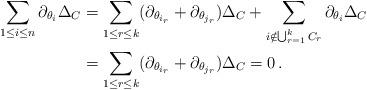
LaTeX: \begin{align*} \sum_{1\le i\le n} \partial_{\theta_i}\Delta_C&=\sum_{1\le r\le k} (\partial_{\theta_{i_r}}+\partial_{\theta_{j_r}})\Delta_C + \sum_{i\notin \bigcup_{r=1}^k C_r} \partial_{\theta_i}\Delta_C\\ &=\sum_{1\le r\le k} (\partial_{\theta_{i_r}}+\partial_{\theta_{j_r}})\Delta_C =0\,. \end{align*}